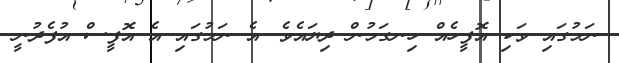
ނަމުގައި ވަކި އޮފީހެއް ހިނގަމުން ދިޔައެވެ. އެ ނަމުގައި އެ އޮފީސް އުފެދުނީ